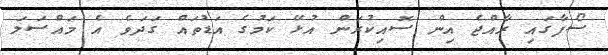
ސޯފާގައި ރާއްޖެ އިން ސޮއިކުރަން އުޅޭ ކަމުގެ އަޑުތައް ގަދަވެ އެ މައްސަލަ